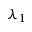
\lambda _ { 1 }